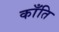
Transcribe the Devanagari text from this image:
काँति